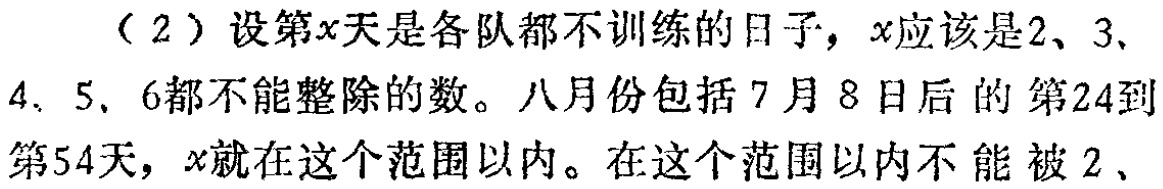
（2）设第\(x\)天是各队都不训练的日子，\(x\)应该是\(2\)、\(3\)、\(4\)、\(5\)、\(6\)都不能整除的数。八月份包括7月8日后的第24到第54天，\(x\)就在这个范围以内。在这个范围以内不能被\(2\)、